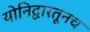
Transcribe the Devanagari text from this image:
योनिद्वारतूनच